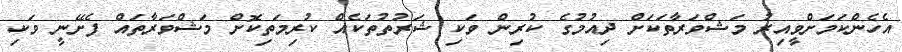
އެހެންކަމަށްވީއިރު މަޝްވަރާތަކަށް ދިއުމުގެ ކުރިން ވަކި ޝަރުތުތަކެއް ކުރިމަތިކޮށް މަޝްވަރާތައް ފެށޭނީ ވަކި